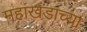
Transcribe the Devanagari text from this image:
महाखंडाच्या